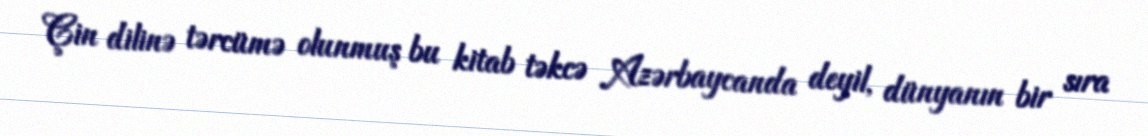
Çin dilinə tərcümə olunmuş bu kitab təkcə Azərbaycanda deyil, dünyanın bir sıra